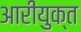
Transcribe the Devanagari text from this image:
आरीयुक्त